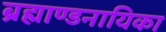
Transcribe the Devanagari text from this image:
ब्रह्माण्डनायिका